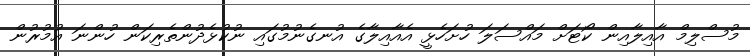
މުސްލިމް އާއިލާއިން ކޯޓަށް މައްސަލަ ހުށަހެޅީ އެއާއިލާގެ އުނގެނުމުގައި ނުކުޅެދުންތެރިކަން ހުންނަ އުމުރުން